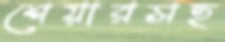
শেয়ারসহ